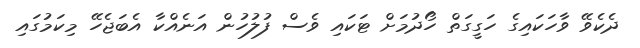
ދެކެވޭ ވާހަކައިގެ ހަގީގަތް ހޯދުމަށް ޓަކައި ވެސް ފުލުހުން އަނެއްކާ އެބަޖެހޭ މިކަމުގައި